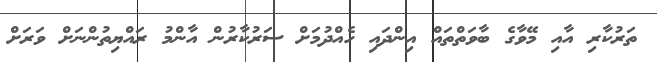
ތަރުކާރި އާއި މޭވާގެ ބާވަތްތައް އިންދައި ހެއްދުމަށް ސަރުކާރުން އާންމު ރައްޔިތުންނަށް ވަރަށް